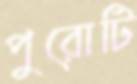
পুরোটি